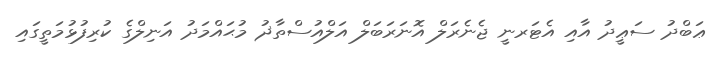
ޢަބްދު ސަޢީދު އާއި އެޓަރނީ ޖެނެރަލް އޮނަރަބަލް އަލްއުސްތާޛު މުޙައްމަދު އަނިލްގެ ކުރިފުޅުމަތީގައި